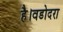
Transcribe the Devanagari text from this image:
है।वडोदरा